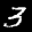
Label: 3